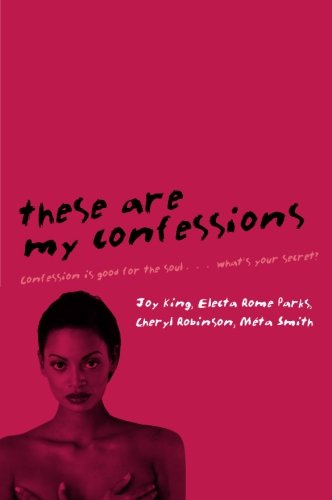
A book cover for These Are My Confessions; Joy King; Romance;